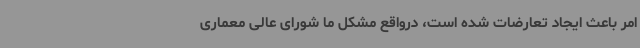
امر باعث ایجاد تعارضات شده است، درواقع مشکل ما شورای عالی معماری